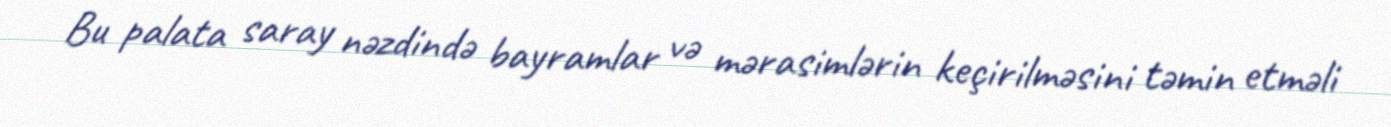
Bu palata saray nəzdində bayramlar və mərasimlərin keçirilməsini təmin etməli